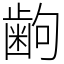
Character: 𫠚